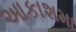
આકાશમા